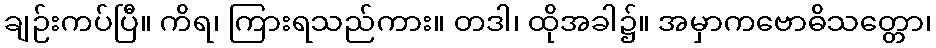
ချဉ်းကပ်ပြီ။ ကိရ၊ ကြားရသည်ကား။ တဒါ၊ ထိုအခါ၌။ အမှာကဗောဓိသတ္တော၊